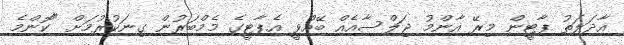
އާދަލަތު ޕާޓީން މިރޭ އާންމު ޖަލްސާއެއް ބޭއްވީ އެޕާޓީގެ މެމްބަރުން ގިނަކުރުމަށް "ކޮންމެ